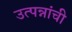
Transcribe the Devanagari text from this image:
उत्पन्नांची